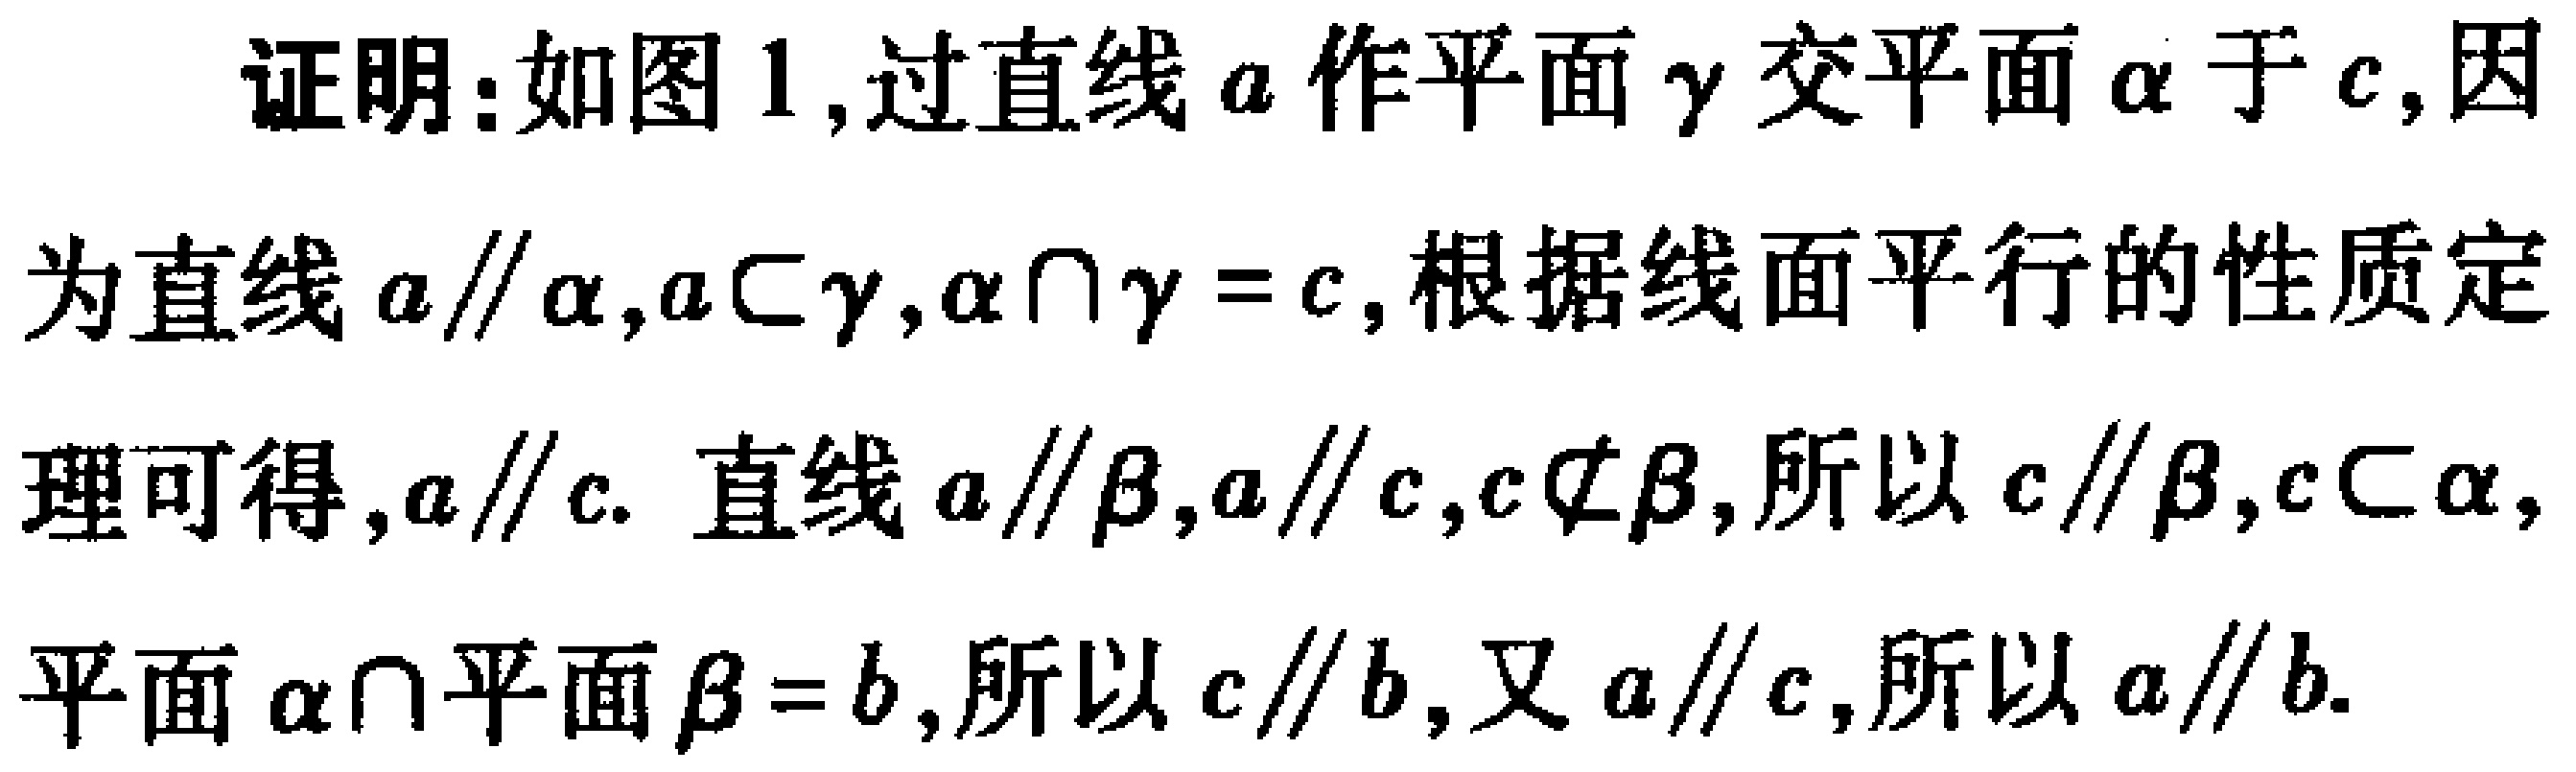
证明：如图1,过直线\(a\)作平面\(\gamma\)交平面\(\alpha\)于\(c\),因为直线\(a\parallel\alpha,a\subset\gamma,\alpha\cap\gamma = c\),根据线面平行的性质定理可得,\(a\parallel c\). 直线\(a\parallel\beta,a\parallel c,c\not\subset\beta\),所以\(c\parallel\beta,c\subset\alpha\),平面\(\alpha\cap\)平面\(\beta = b\),所以\(c\parallel b\),又\(a\parallel c\),所以\(a\parallel b\).